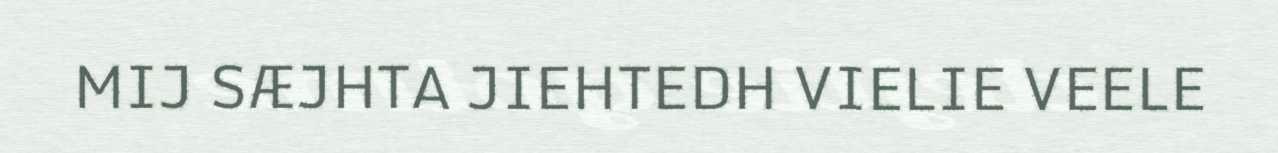
MIJ SÆJHTA JIEHTEDH VIELIE VEELE